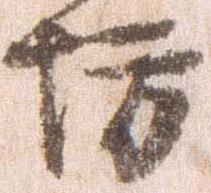
坊